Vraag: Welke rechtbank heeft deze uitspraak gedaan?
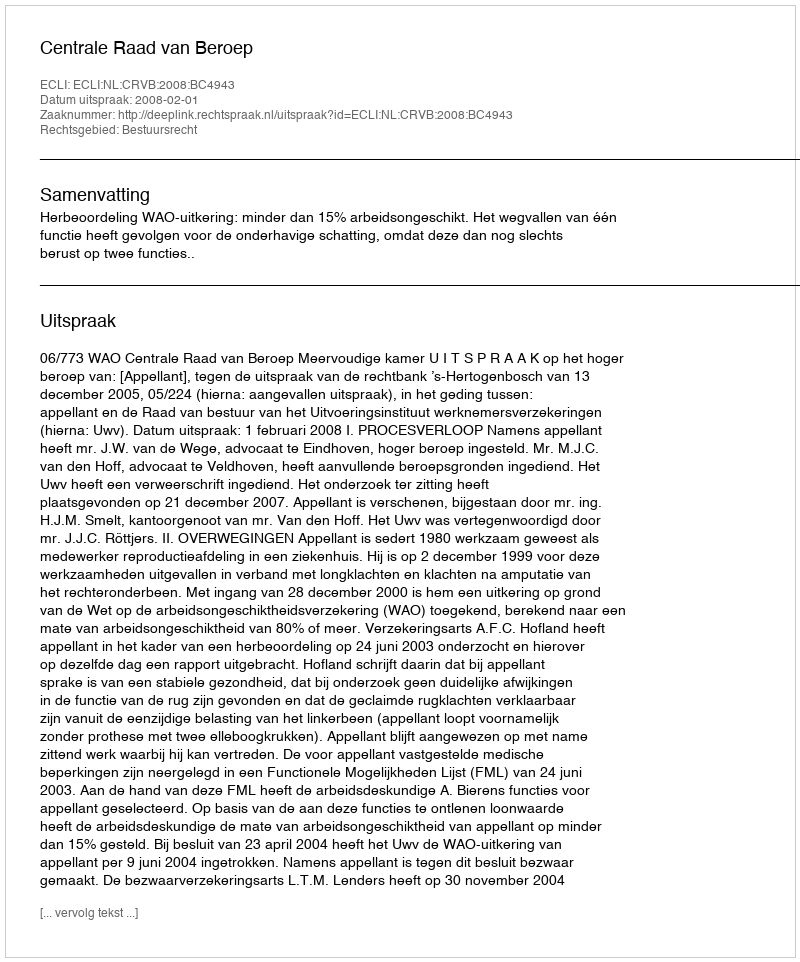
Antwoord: Centrale Raad van Beroep